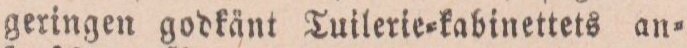
geringen godkänt Tuilerie=kabinettets an=